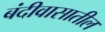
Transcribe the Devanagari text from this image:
बंदीवासातील